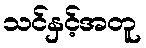
သင်နှင့်အတူ